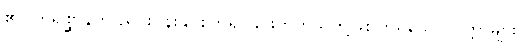
၏။ တိရစ္ဆာန်ကို ညှင်းပန်းနှိပ်စက်၍ ခိုင်းတတ်သူတို့ဖြစ်ကြရသော ပြိတ္တာများ၊